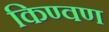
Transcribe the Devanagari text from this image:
किण्वण